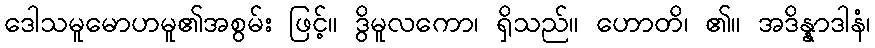
ဒေါသမူမောဟမူ၏အစွမ်း ဖြင့်။ ဒွိမူလကော၊ ရှိသည်။ ဟောတိ၊ ၏။ အဒိန္နာဒါနံ၊